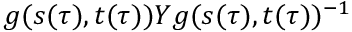
g ( s ( \tau ) , t ( \tau ) ) Y g ( s ( \tau ) , t ( \tau ) ) ^ { - 1 }